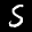
Label: 5